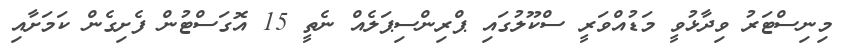
މިނިސްޓަރު ވިދާޅުވީ މަޑުއްވަރީ ސްކޫލުގައި ޕްރިންސިޕަލެއް ނެތީ 15 އޮގަސްޓުން ފެށިގެން ކަމަށާއި